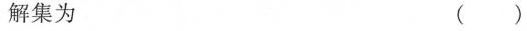
的解集为 ()